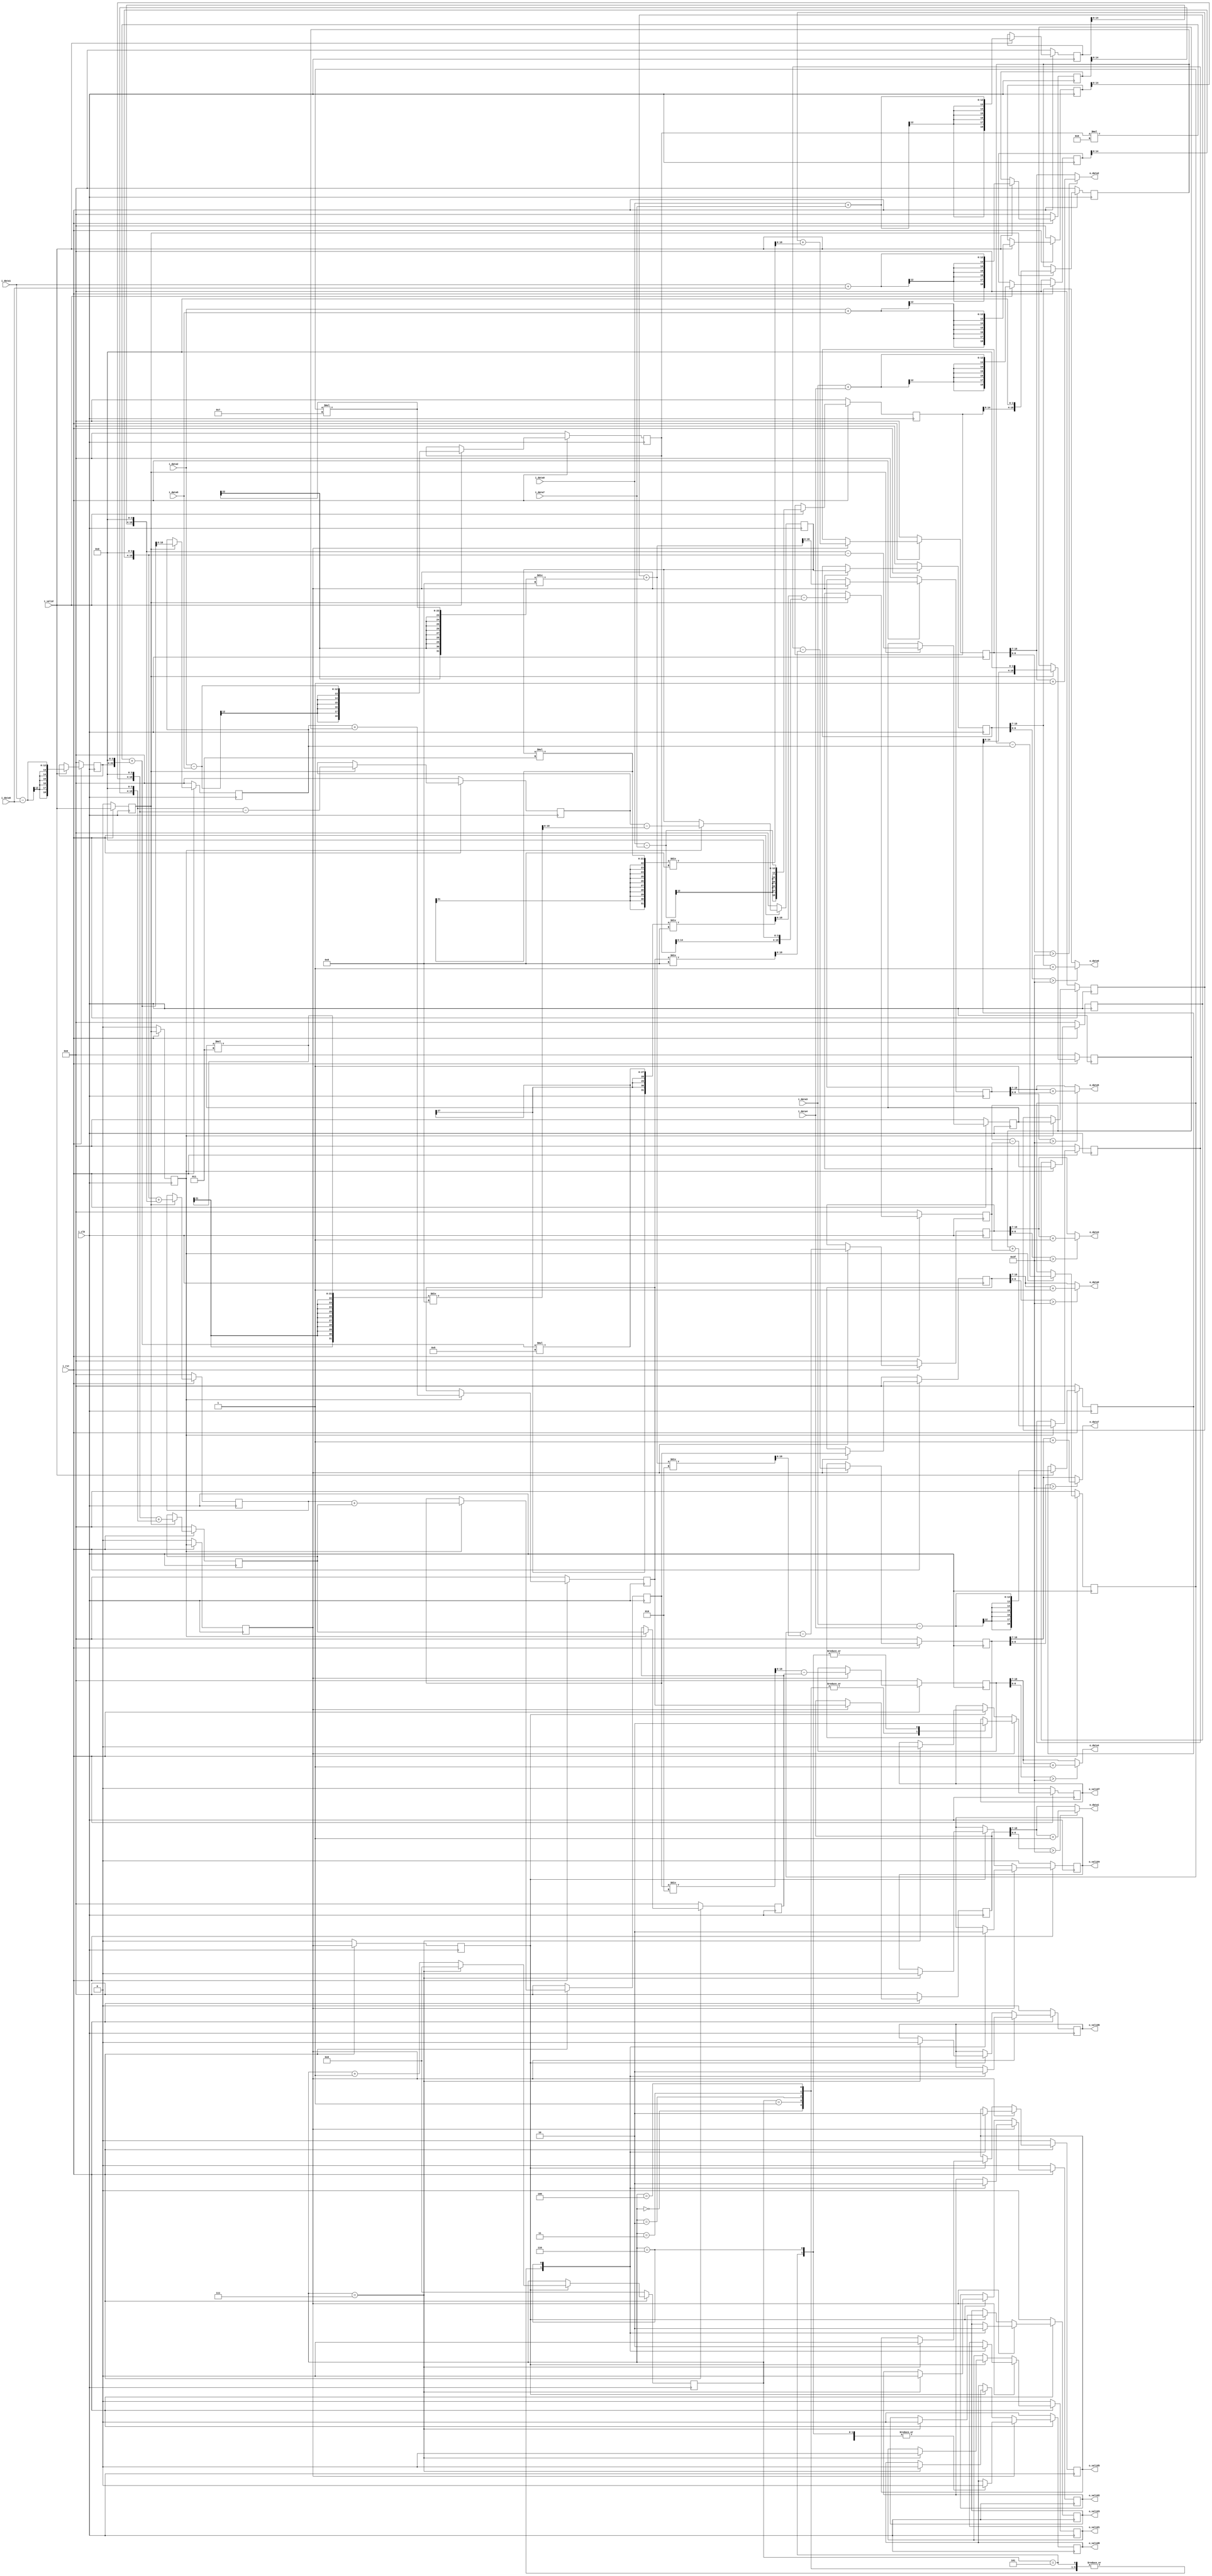
`timescale 1ns / 1ps

module row_dct(
    input  i_clk,
    input i_rst,
    input i_valid,
    input signed [11:0] i_data0,
    input signed [11:0] i_data1,
    input signed [11:0] i_data2,
    input signed [11:0] i_data3,
    input signed [11:0] i_data4,
    input signed [11:0] i_data5,
    input signed [11:0] i_data6,
    input signed [11:0] i_data7,
    
    output  o_valid1,
    output  o_valid2,
    output  o_valid3,
    output  o_valid4,
    output  o_valid5,
    output  o_valid6,
    output  o_valid7,
    output  o_valid8,
    
    // reflects 1d-dct result 
    output signed [11:0] o_data0,
    output signed [11:0] o_data1,
    output signed [11:0] o_data2,
    output signed [11:0] o_data3,
    output signed [11:0] o_data4,
    output signed [11:0] o_data5,
    output signed [11:0] o_data6,
    output signed [11:0] o_data7
    );
    // 
    
    //stage 1 data  , (OUTPUT : 13BIT + 4BIT) 14bit for calculation
    reg signed [18:0] temp1_data0;
    reg signed [18:0] temp1_data1;
    reg signed [18:0] temp1_data2;
    reg signed [18:0] temp1_data3;
    reg signed [18:0] temp1_data4;
    reg signed [18:0] temp1_data5;
    reg signed [18:0] temp1_data6;
    reg signed [18:0] temp1_data7;
    
    // connect s1-s2 data    
    //stage 2 data
    reg signed [18:0] temp2_data0;
    reg signed [18:0] temp2_data1;
    reg signed [18:0] temp2_data2;
    reg signed [18:0] temp2_data3;
    reg signed [18:0] temp2_data4;
    reg signed [18:0] temp2_data5;
    reg signed [18:0] temp2_data6;
    reg signed [18:0] temp2_data7;

    //stage 3 data
    reg signed [18:0] temp3_data0;
    reg signed [18:0] temp3_data1;
    reg signed [18:0] temp3_data2;
    reg signed [18:0] temp3_data3;
    reg signed [18:0] temp3_data4;
    reg signed [18:0] temp3_data5;
    reg signed [18:0] temp3_data6;
    reg signed [18:0] temp3_data7;

    //stage 4 data
    reg signed [18:0] temp4_data0;
    reg signed [18:0] temp4_data1;
    reg signed [18:0] temp4_data2;
    reg signed [18:0] temp4_data3;
    reg signed [18:0] temp4_data4;
    reg signed [18:0] temp4_data5;
    reg signed [18:0] temp4_data6;
    reg signed [18:0] temp4_data7;

    
    
    
    // Pipeline stage valid
    reg s1_valid,s2_valid, s3_valid, s4_valid;
    
    reg c1_valid, c2_valid, c3_valid, c4_valid, c5_valid, c6_valid, c7_valid, c8_valid;
    
    // stage 1 
    always@(posedge i_clk)begin
        if(!i_rst)begin
            temp1_data0 <= 0;
            temp1_data1 <= 0;
            temp1_data2 <= 0;
            temp1_data3 <= 0;
            temp1_data4 <= 0;
            temp1_data5 <= 0;
            temp1_data6 <= 0 ;
            temp1_data7 <= 0; 
        end
        else begin
            if(i_valid) begin
                temp1_data0 <= i_data0  + i_data7;
                temp1_data1 <= i_data1 + i_data6;
                temp1_data2 <= i_data2  + i_data5;
                temp1_data3 <= i_data3  + i_data4;
                temp1_data4 <= i_data3 - i_data4;
                temp1_data5 <= i_data2  - i_data5;
                temp1_data6 <= i_data1  - i_data6;
                temp1_data7  <= i_data0 - i_data7;
           end
        end
    end
    
    // stage 2
    always@(posedge i_clk) begin
        if(!i_rst)begin
            temp2_data0 <= 0;
            temp2_data1 <= 0;
            temp2_data2 <= 0;
            temp2_data3 <= 0;
            temp2_data4 <= 0;
            temp2_data5 <= 0;
            temp2_data6 <= 0;
            temp2_data7 <= 0;
        end
        else begin
            if(s1_valid)begin
                temp2_data0 <= (temp1_data3 << 4) + (temp1_data0 << 4) ;
                temp2_data1 <= (temp1_data2 << 4)  + (temp1_data1 << 4);
                temp2_data2 <= (temp1_data1 << 4)  -  (temp1_data2 << 4);
                temp2_data3 <= (temp1_data0 << 4)  - (temp1_data3 << 4);
                temp2_data4 <= (temp1_data4 << 4);
                temp2_data5 <= ((((temp1_data5 * 6)) + (temp1_data6 << 4)) * 5 / 8) - (temp1_data5 << 4);
                temp2_data6 <= ((temp1_data5 * 6))  + (temp1_data6 << 4);
                temp2_data7 <= (temp1_data7 << 4);
            end
        end
    end
    
    //stage 3
    always@(posedge i_clk)begin
        if(!i_rst)begin
            temp3_data0 <= 0;
            temp3_data1 <= 0;
            temp3_data2 <= 0;
            temp3_data3 <= 0;
            temp3_data4 <= 0;
            temp3_data5 <= 0;
            temp3_data6 <= 0;
            temp3_data7 <= 0;    
        end
        else begin
            if(s2_valid)begin
                temp3_data0 <= temp2_data0 + temp2_data1;
                temp3_data1 <= temp2_data1;
                temp3_data2 <= temp2_data2 - ((temp2_data3 * 3 ) / 8);
                temp3_data3 <= temp2_data3;
                temp3_data4 <= temp2_data4 + temp2_data5;
                temp3_data5 <= temp2_data4 - temp2_data5;
                temp3_data6 <= temp2_data7 - temp2_data6;
                temp3_data7 <= temp2_data6 + temp2_data7;
            end
        end
    end
    
    // stage 4
    always@(posedge i_clk)begin
        if(!i_rst)begin
            temp4_data0 <= 0;
            temp4_data1 <= 0;
            temp4_data2 <= 0;
            temp4_data3 <= 0;
            temp4_data4 <= 0;
            temp4_data5 <= 0;
            temp4_data6 <= 0;
            temp4_data7 <= 0;        
        end
        else begin
            if(s3_valid) begin
                temp4_data0 <= temp3_data0;
                temp4_data1 <= (temp3_data0  / 2 ) - temp3_data1;
                temp4_data2 <= temp3_data2;
                temp4_data3 <= temp3_data3 + ((temp3_data2 * 3) / 8);
                temp4_data4 <= temp3_data4 - (temp3_data7 / 8);
                temp4_data5 <= temp3_data5 + (temp3_data6 * 7 / 8);
                temp4_data6 <= temp3_data6 - ((temp3_data5 + (temp3_data6 * 7 / 8)) / 2);
                temp4_data7 <= temp3_data7;
            end
        end
    end
    
    // output signal setting
    always@(posedge i_clk)begin
        if(!i_rst)begin
            s1_valid <=0;
            s2_valid <= 0;
            s3_valid <= 0;
            s4_valid <= 0;
        end
        else begin
            s1_valid <= i_valid;
            s2_valid <= s1_valid;
            s3_valid <= s2_valid;
            s4_valid <= s3_valid;
        end
    end
    reg [4:0] count;
    always@(posedge i_clk)begin
        if(!i_rst)begin
            count <= 0;
        end
        else begin
            if(s4_valid)begin
                count <= count +1;
                if(count ==7)begin
                    count <= 0;
                end
            end
        end
    end
    always@(posedge i_clk)begin
        if(!i_rst)begin
            c1_valid <= 0; c2_valid <= 0; c3_valid <= 0; c4_valid <= 0; c5_valid <= 0;
            c6_valid <=0 ;c7_valid <=0; c8_valid <=0;
        end
        else begin
            if(s3_valid)begin
                case (count)   // 48 CHANNELS SELECT
                    0: begin
                            c1_valid <= 1; c2_valid <=1; c3_valid <= 1; c4_valid <= 1;
                            c5_valid <= 1; c6_valid <=1; c7_valid <= 1; c8_valid <= 0;
                        end
                    1: begin
                            c1_valid <= 1; c2_valid <=1; c3_valid <= 1; c4_valid <= 1;
                            c5_valid <= 1; c6_valid <=1; c7_valid <= 1; c8_valid <= 0;
                       end
                    2: begin
                            c1_valid <= 1; c2_valid <=1; c3_valid <= 1; c4_valid <= 1;
                            c5_valid <= 1; c6_valid <=1; c7_valid <= 1; c8_valid <= 0;                        
                        end
                    3: begin
                            c1_valid <= 1; c2_valid <=1; c3_valid <= 1; c4_valid <= 1;
                            c5_valid <= 1; c6_valid <=1; c7_valid <= 1; c8_valid <= 0;                     
                    end
                    4: begin
                            c1_valid <= 1; c2_valid <=1; c3_valid <= 1; c4_valid <= 1;
                            c5_valid <= 1; c6_valid <=1; c7_valid <= 1; c8_valid <= 0; 
                    end
                    5: begin
                            c1_valid <= 1; c2_valid <=1; c3_valid <= 1; c4_valid <= 1;
                            c5_valid <= 1; c6_valid <=1; c7_valid <= 0; c8_valid <= 0; 
                    end
                    6: begin
                            c1_valid <= 0; c2_valid <=0; c3_valid <= 0; c4_valid <= 0;
                            c5_valid <= 0; c6_valid <=0; c7_valid <= 0; c8_valid <= 0; 
                    end
                endcase
            end
            else if(s4_valid) begin
                if(count ==7)begin
                    c1_valid <= 0; c2_valid <=0; c3_valid <= 0; c4_valid <= 0 ;
                    c5_valid <= 0; c6_valid <=0; c7_valid <= 0; c8_valid <= 0; 
                end
            end
        end
    end
    
    assign o_valid1 = c1_valid;
    assign o_valid2 = c2_valid;
    assign o_valid3 = c3_valid;
    assign o_valid4 = c4_valid;
    assign o_valid5 = c5_valid;
    assign o_valid6 = c6_valid;
    assign o_valid7 = c7_valid;
    assign o_valid8 = c8_valid;

    assign o_data0 = (temp4_data0[6:0] > 63) ? temp4_data0[18:7] + 1 : temp4_data0[18:7];
    assign o_data1 = (temp4_data7[6:0] > 63) ? temp4_data7[18:7] + 1 : temp4_data7[18:7];
    assign o_data2 = (temp4_data3[6:0] > 63) ? temp4_data3[18:7] + 1:  temp4_data3[18:7];
    assign o_data3 = (temp4_data6[6:0] > 63) ? temp4_data6[18:7] + 1 : temp4_data6[18:7];
    assign o_data4 = (temp4_data1[6:0] > 63) ? temp4_data1[18:7] + 1 : temp4_data1[18:7];
    assign o_data5 = (temp4_data5[6:0] > 63) ? temp4_data5[18:7] + 1 : temp4_data5[18:7];
    assign o_data6 = (temp4_data2[6:0] > 63) ? temp4_data2[18:7] + 1 : temp4_data2[18:7];
    assign o_data7 = (temp4_data4[6:0] > 63) ? temp4_data4[18:7] + 1 : temp4_data4[18:7];
endmodule